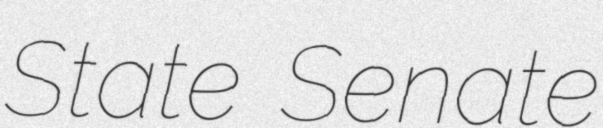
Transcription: State Senate